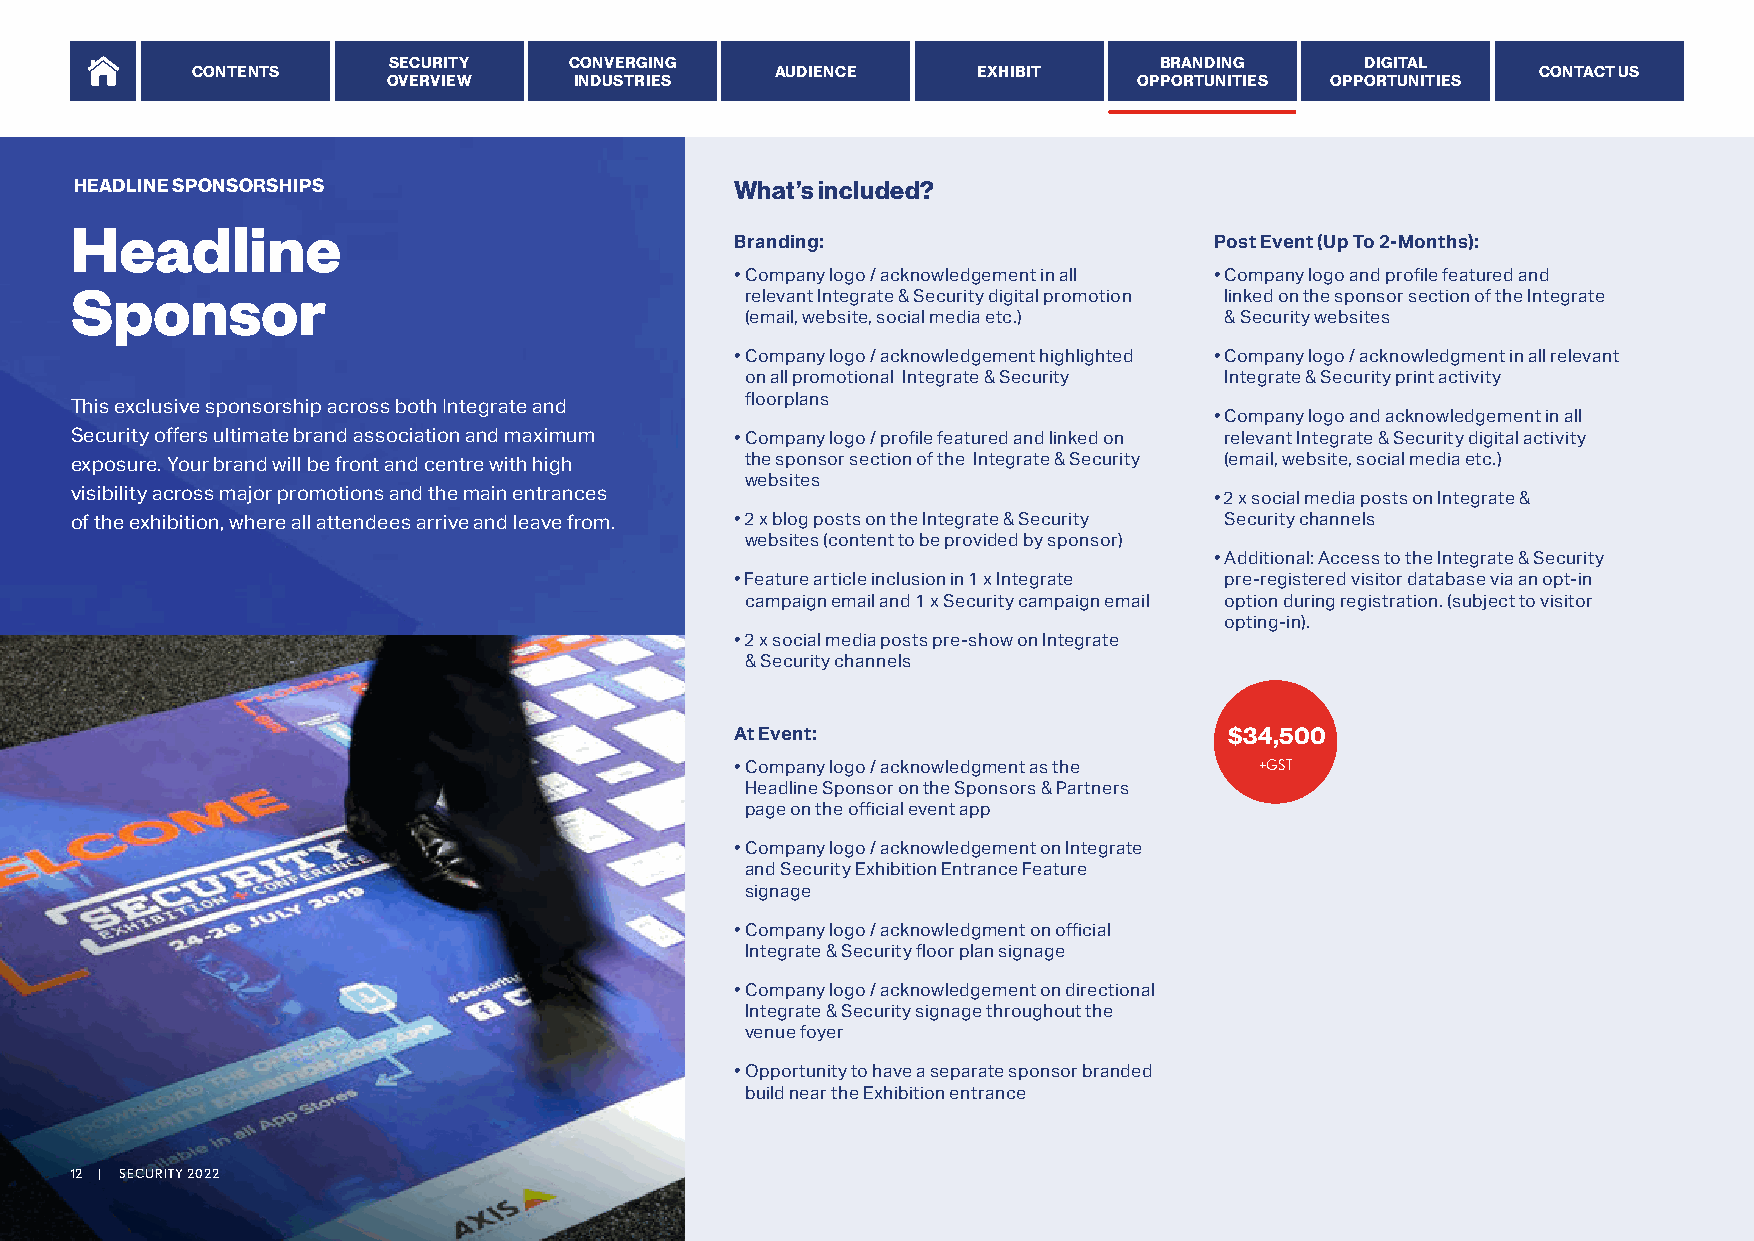
SECURITY    CONVERGING                             BRANDING     DIGITAL
 CONTENTS                              AUDIENCE      EXHIBIT                              CONTACT US
 OVERVIEW    INDUSTRIES                           OPPORTUNITIES OPPORTUNITIES
 HEADLINE SPONSORSHIPS                       What’s included?
 Headline
 Branding:                      Post Event (Up To 2-Months):
 • Company logo / acknowledgement in all
 Sponsor                                                                    • Company logo and profile featured and
 relevant Integrate & Security digital promotion linked on the sponsor section of the Integrate
 (email, website, social media etc.) & Security websites
 • Company logo / acknowledgement highlighted • Company logo / acknowledgment in all relevant
 on all promotional Integrate & Security Integrate & Security print activity
 This exclusive sponsorship across both Integrate and floorplans
 • Company logo and acknowledgement in all
 relevant Integrate & Security digital activity
 Security offers ultimate brand association and maximum • Company logo / profile featured and linked on
 exposure. Your brand will be front and centre with high the sponsor section of the Integrate & Security (email, website, social media etc.)
 websites
 visibility across major promotions and the main entrances                  • 2 x social media posts on Integrate &
 of the exhibition, where all attendees arrive and leave from. • 2 x blog posts on the Integrate & Security Security channels
 websites (content to be provided by sponsor)
 • Additional: Access to the Integrate & Security
 • Feature article inclusion in 1 x Integrate pre-registered visitor database via an opt-in
 campaign email and 1 x Security campaign email option during registration. (subject to visitor
 opting-in).
 • 2 x social media posts pre-show on Integrate
 & Security channels
 At Event:                       $34,500
 • Company logo / acknowledgment as the +GST
 Headline Sponsor on the Sponsors & Partners
 page on the official event app
 • Company logo / acknowledgement on Integrate
 and Security Exhibition Entrance Feature
 signage
 • Company logo / acknowledgment on official
 Integrate & Security floor plan signage
 • Company logo / acknowledgement on directional
 Integrate & Security signage throughout the
 venue foyer
 • Opportunity to have a separate sponsor branded
 build near the Exhibition entrance
 12 | SECURITY 2022